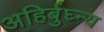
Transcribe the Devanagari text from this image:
अहिर्बुघ्न्य